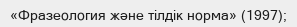
«Фразеология және тілдік норма» (1997);